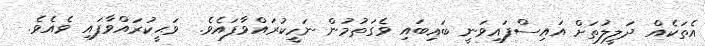
އެތަކެއް ދަލީލުތަށް އައިސްފައިވަނީ ބައިބައި ވެގަތުމުން ނަހީކުރައްވާފައެވެ.  ވަޙީކުރައްވާފައި ވެއެވެ.